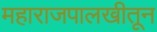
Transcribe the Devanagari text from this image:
महाराजपालखीतून